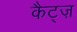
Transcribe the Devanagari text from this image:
कैट्ज़